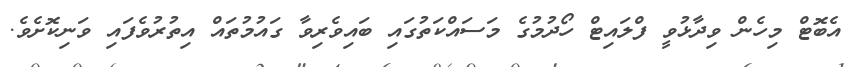
އެބޮޓް މިހެން ވިދާޅުވީ ފްލައިޓް ހޯދުމުގެ މަސައްކަތުގައި ބައިވެރިވާ ގައުމުތައް އިތުރުވެފައި ވަނިކޮށެވެ.